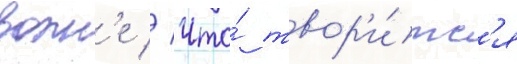
волн'е // Что́ твор'и́тс'я